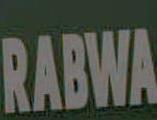
RABWA